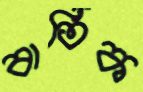
বার্তিক